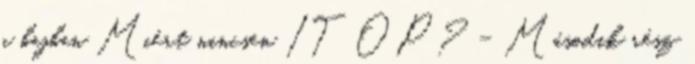
a bajban Miért nincsen IT OP? – Második rész